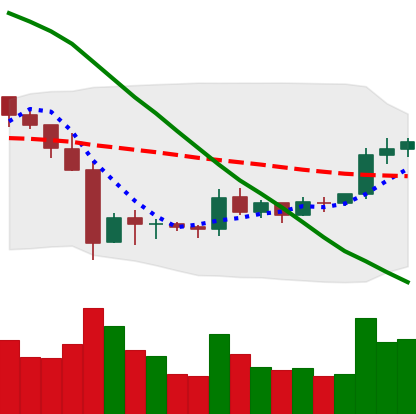
Ticker: XRP-USD
Chart end date: 2019-10-09
Forward return: 5.289%
Label: up_5_7